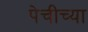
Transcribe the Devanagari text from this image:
पेचीच्या